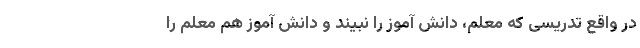
در واقع تدریسی که معلم، دانش آموز را نبیند و دانش آموز هم معلم را